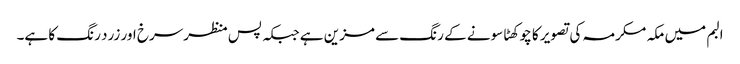
البم میں مکہ مکرمہ کی تصویر کا چوکھٹا سونے کے رنگ سے مزین ہے جبکہ پس منظرسرخ اور زرد رنگ کا ہے۔